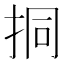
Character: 挏